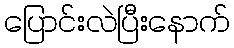
ပြောင်းလဲပြီးနောက်